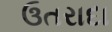
ઉતરાદા